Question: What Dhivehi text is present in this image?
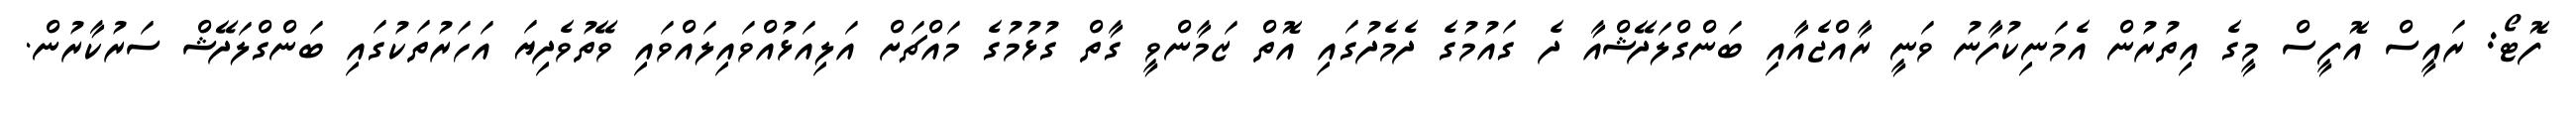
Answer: ފޮޓޯ: ރައީސް އޮފީސް މީގެ އިތުރުން އެމަނިކުފާނު ވަނީ ރާއްޖެއާއި ބަންގްލަދޭޝްއާ ދެ ގައުމުގެ ދެމެދުގައި އޮތް ޒަމާންވީ ގާތް ގުޅުމުގެ މައްޗަށް އަލިއަޅުއްވައިލައްވައި ވޭތުވެދިޔަ އަހަރުތަކުގައި ބަންގްލަދޭޝް ސަރުކާރުން.